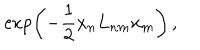
\exp \left( { - \frac { 1 } { 2 } x _ { n } L _ { n m } x _ { m } } \right) \, ,